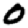
Digit: 0